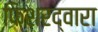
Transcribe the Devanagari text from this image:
फिशरद्वारा